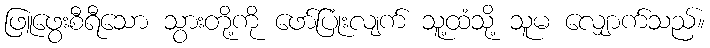
ဖြူဖွေးစီရီသော သွားတို့ကို ဖော်ပြုံးလျက် သူ့ထံသို့ သူမ လျှောက်သည်။